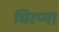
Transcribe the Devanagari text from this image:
घिरय्या